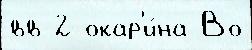
вв 2 окар'и́на Во